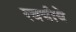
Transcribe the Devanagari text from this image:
रवयीये